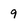
Character: 9